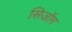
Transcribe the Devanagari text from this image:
सिजोंग